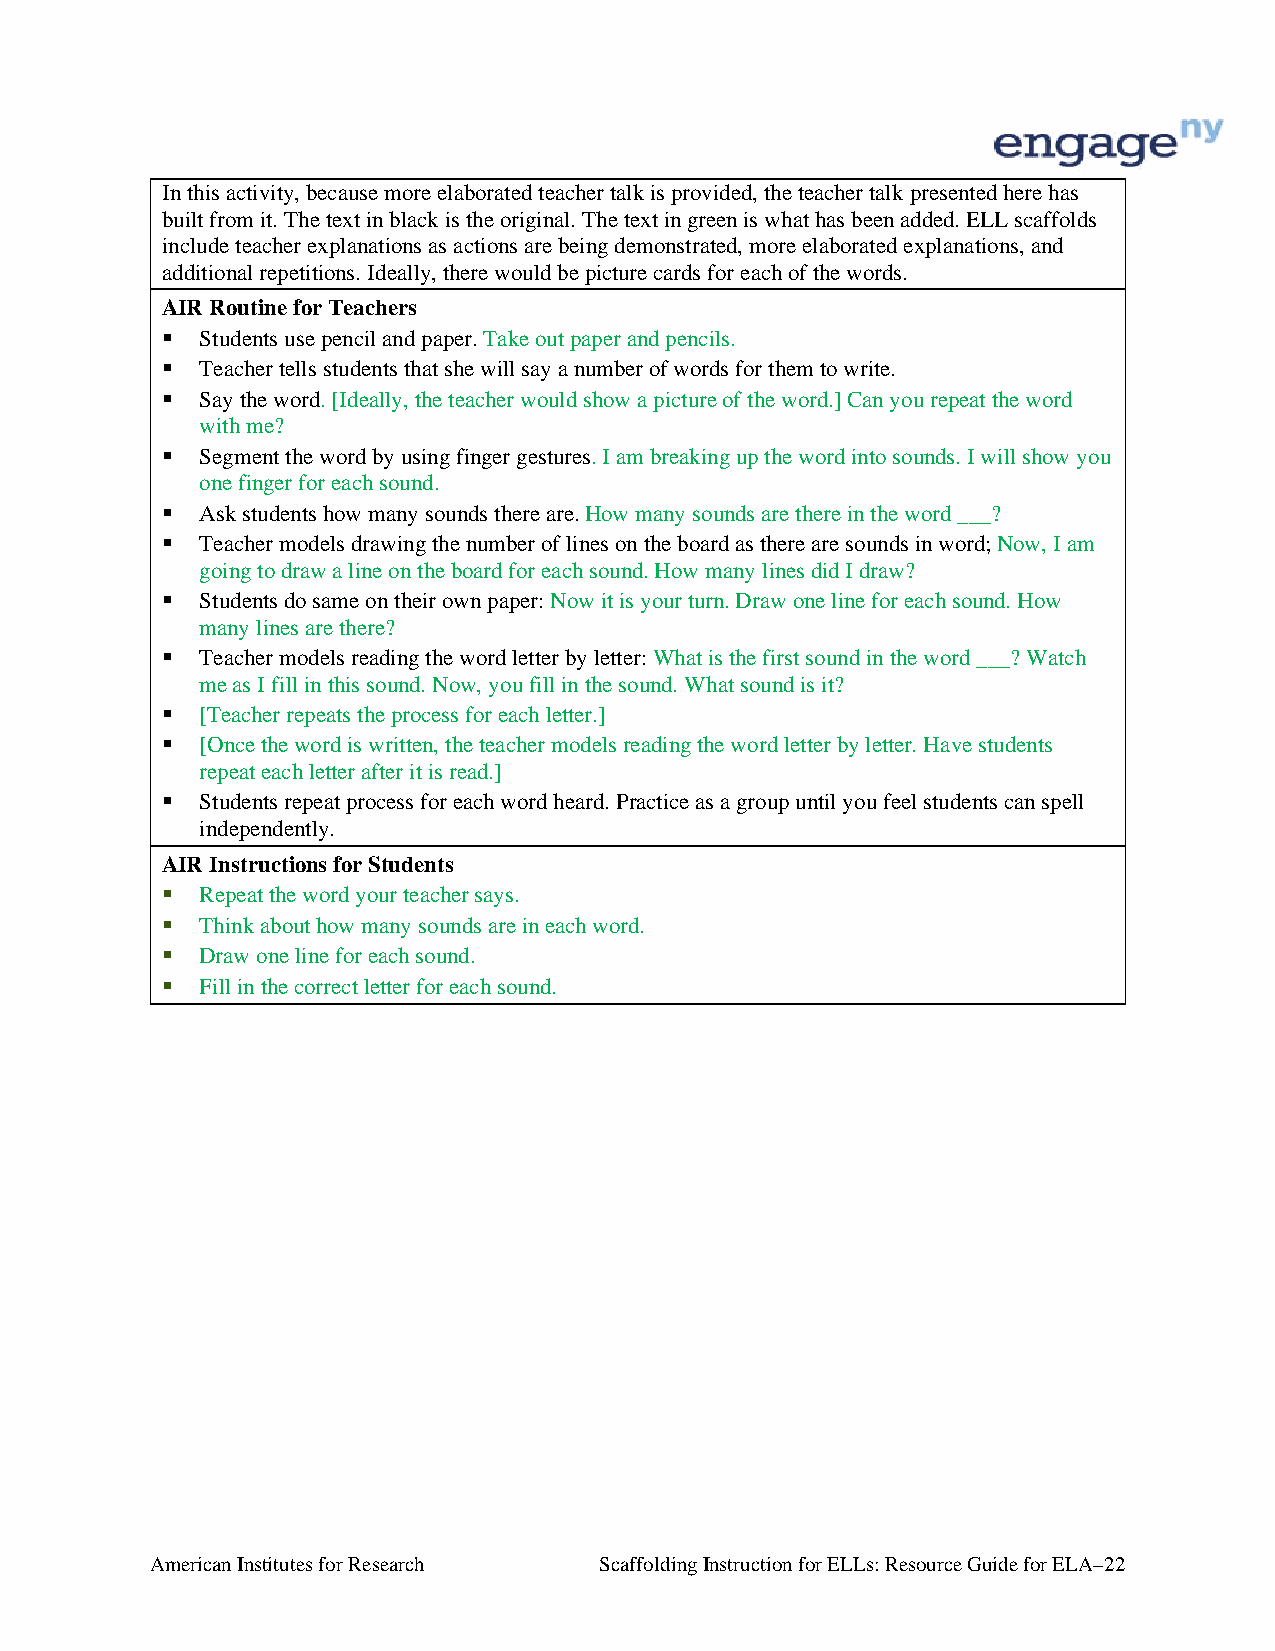
In this activity, because more elaborated teacher talk is provided, the teacher talk presented here has
 built from it. The text in black is the original. The text in green is what has been added. ELL scaffolds
 include teacher explanations as actions are being demonstrated, more elaborated explanations, and
 additional repetitions. Ideally, there would be picture cards for each of the words.
 AIR Routine for Teachers
  Students use pencil and paper. Take out paper and pencils.
  Teacher tells students that she will say a number of words for them to write.
  Say the word. [Ideally, the teacher would show a picture of the word.] Can you repeat the word
 with me?
  Segment the word by using finger gestures. I am breaking up the word into sounds. I will show you
 one finger for each sound.
  Ask students how many sounds there are. How many sounds are there in the word ___?
  Teacher models drawing the number of lines on the board as there are sounds in word; Now, I am
 going to draw a line on the board for each sound. How many lines did I draw?
  Students do same on their own paper: Now it is your turn. Draw one line for each sound. How
 many lines are there?
  Teacher models reading the word letter by letter: What is the first sound in the word ___? Watch
 me as I fill in this sound. Now, you fill in the sound. What sound is it?
  [Teacher repeats the process for each letter.]
  [Once the word is written, the teacher models reading the word letter by letter. Have students
 repeat each letter after it is read.]
  Students repeat process for each word heard. Practice as a group until you feel students can spell
 independently.
 AIR Instructions for Students
  Repeat the word your teacher says.
  Think about how many sounds are in each word.
  Draw one line for each sound.
  Fill in the correct letter for each sound.
 American Institutes for Research Scaffolding Instruction for ELLs: Resource Guide for ELA–22